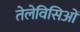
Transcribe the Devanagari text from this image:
तेलेविसिओं